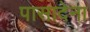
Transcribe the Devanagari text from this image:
पासादेना